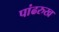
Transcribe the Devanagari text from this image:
पांढरुख